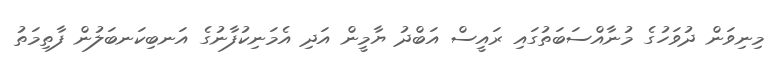
މިނިވަން ދުވަހުގެ މުނާއްސަބަތުގައި ރައީސް އަބްދު ޔާމީން އަދި އެމަނިކުފާނުގެ އަނބިކަނބަލުން ފާތިމަތު